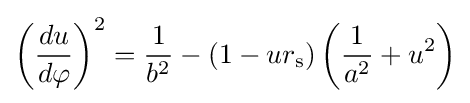
\left({\frac {du}{d\varphi }}\right)^{2}={\frac {1}{b^{2}}}-\left(1-ur_{\text{s}}\right)\left({\frac {1}{a^{2}}}+u^{2}\right)